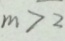
m > 2